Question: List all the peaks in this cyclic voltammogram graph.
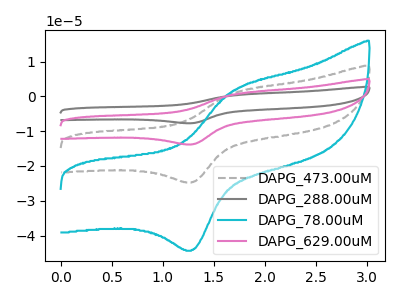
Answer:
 <answer>The gray dashed curve "DAPG_473.00uM" has an anodic peak at (1.70V, 0.95uA) and a cathodic peak at (1.30V, -24.65uA). The gray curve "DAPG_288.00uM" has an anodic peak at (1.70V, 2.90uA) and a cathodic peak at (1.30V, -73.95uA). The cyan curve "DAPG_78.00uM" has an anodic peak at (1.70V, 1.75uA) and a cathodic peak at (1.30V, -44.15uA). The pink curve "DAPG_629.00uM" has an anodic peak at (1.70V, 1.95uA) and a cathodic peak at (1.30V, -49.30uA).</answer>
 <eval></eval>